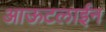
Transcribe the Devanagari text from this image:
आऊटलाईन